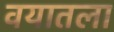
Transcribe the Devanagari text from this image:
वयातला